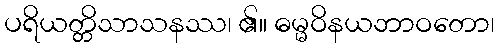
ပရိယတ္တိသာသနဿ၊ ၏။ ဓမ္မဝိနယဘာဝတော၊